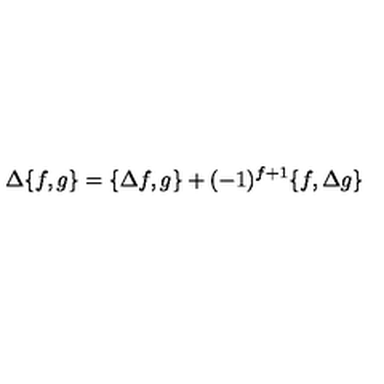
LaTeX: \Delta \{ f , g \} = \{ \Delta f , g \} + ( - 1 ) ^ { f + 1 } \{ f , \Delta g \}